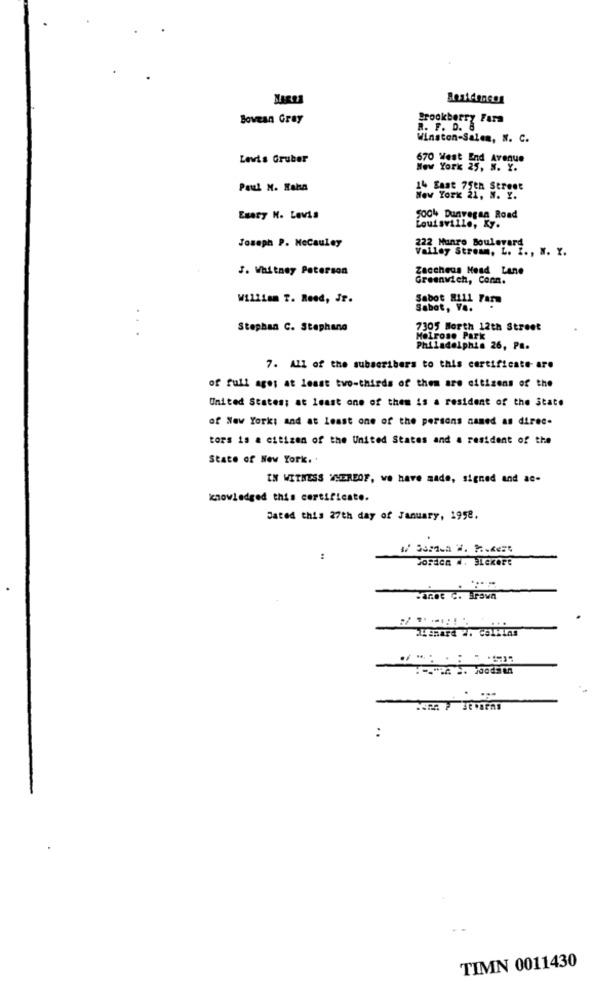
Bovean Gray
Brookberry Fara
R. F. D. 8
Winston-Salem, N. C.
Levis Gruber
670 West End Avenue
New York 25, N. Y.
Paul N. Haha
14 East 75th Street
New York 21, N. Y.
Esary N. Levia
5004 Dunvegan Road
Louisville, Ky.
Joseph P. MeCauley
222 Munro Boulevard
Valley Stream, L. I ., N. Y.
J. Whitney Peterson
Zaccheus Head Lane
Greenwich, Conn.
William T. Reed, Jr.
Sabot Hill Farm
Sabat, V ..
Stephan C. Stephane
7305 Worth 12th Street
Melrose Park
Philadelphia 26, Pa.
7. All of the subscribers to this certificate are
of full ages at least two-thirds of them are citizens of the
United States; at least one of them is a resident of the State
of New York; and at least one of the persons named as direc-
tors is a citizen of the United States and a resident of the
State of New York.
IN WITNESS WHEREOF, we have made, signed and ac-
knowledged this certificate.
Dated this 27th day of January, 1958.
:
Jorden W. BLeKere
bange C. Brown
byshare :. Collins
TIMN 0011430